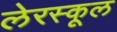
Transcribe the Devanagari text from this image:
लेरस्कूल